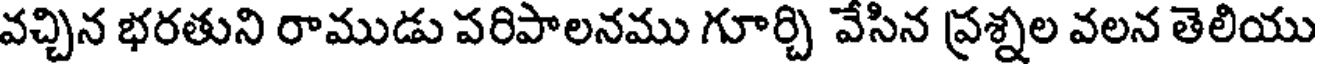
వచ్చిన భరతుని రాముడు పరిపాలనము గూర్చి వేసిన ప్రశ్నల వలన తెలియు